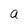
Character: a